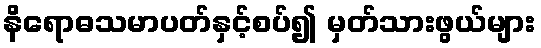
နိရောဓသမာပတ်နှင့်စပ်၍ မှတ်သားဖွယ်များ